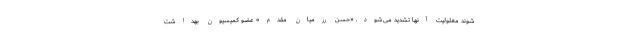
شوند معلولیت آنها تشدید می‌شود. «حسن رزمیان مقدم» عضو کمیسیون بهداشت